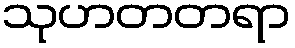
သုဟတတရာ